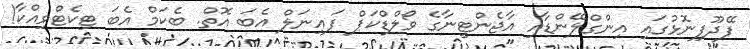
ފޭދޫފިނޮޅުގައި އިންގްލޭންޑާއި އާޖެންޓީނާގެ ވޯލްޑްކަޕް ފައިނަލް އެބަ އޮތް. ބެކަމް އެބަ ޓިކެޓްވިއްކާ!